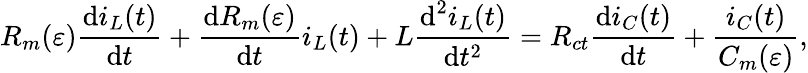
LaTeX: R_{m}(\varepsilon)\frac{\textrm{d}i_{L}(t)}{\textrm{d}t}+\frac{\textrm{d}R_{m}(\varepsilon)}{\textrm{d}t}i_{L}(t)+L\frac{\textrm{d}^{2}i_{L}(t)}{\textrm{d}t^{2}}=R_{ct}\frac{\textrm{d}i_{C}(t)}{\textrm{d}t}+\frac{i_{C}(t)}{C_{m}(\varepsilon)},